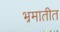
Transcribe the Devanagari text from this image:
भ्रमातीत